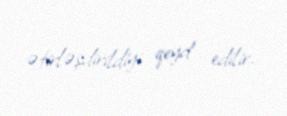
ətirləşdirildiyi qeyd edilir.